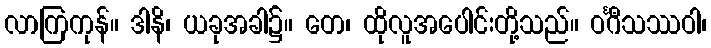
လာကြကုန်။ ဒါနိ၊ ယခုအခါ၌။ တေ၊ ထိုလူအပေါင်းတို့သည်။ ဝင်္ဂီသဿဝါ၊